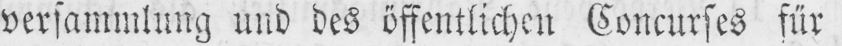
versammlung und des öffentlichen Concurses für